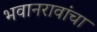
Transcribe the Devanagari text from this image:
भवानरावांचा